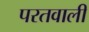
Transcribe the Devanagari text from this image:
परतवाली